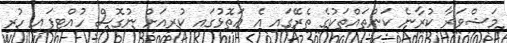
މަޝްވަރާ ކުރާނެ ކަންތައްތަކުގެ ތެރޭގައި އެ އަތޮޅުގައި ކުރިއަށް ނުގޮސް ހުއްޓިފައި ހުރި